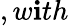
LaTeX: ,w\mathbf{i}th